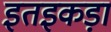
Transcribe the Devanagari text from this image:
इतइकड़ा